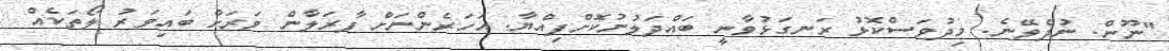
"ނޫން. ނުދެވޭނެ. މިދުވަސްކޮޅު ރަނގަޅުވާނީ ބައްދަލުނުކޮށްފިއްޔާ. އަހަރެންނަށް ފާރަލާން ވަރަށް ބައިވަރު ލޯތަކެއް